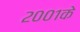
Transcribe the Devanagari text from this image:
२००१के